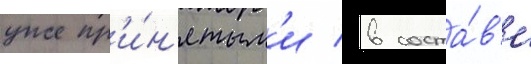
уже пр'и́н'ятым'и в соста́в'е